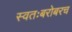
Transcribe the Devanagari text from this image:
स्वतःबरोबरच